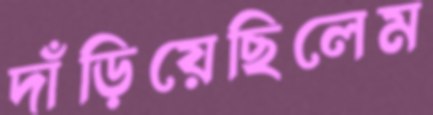
দাঁড়িয়েছিলেম